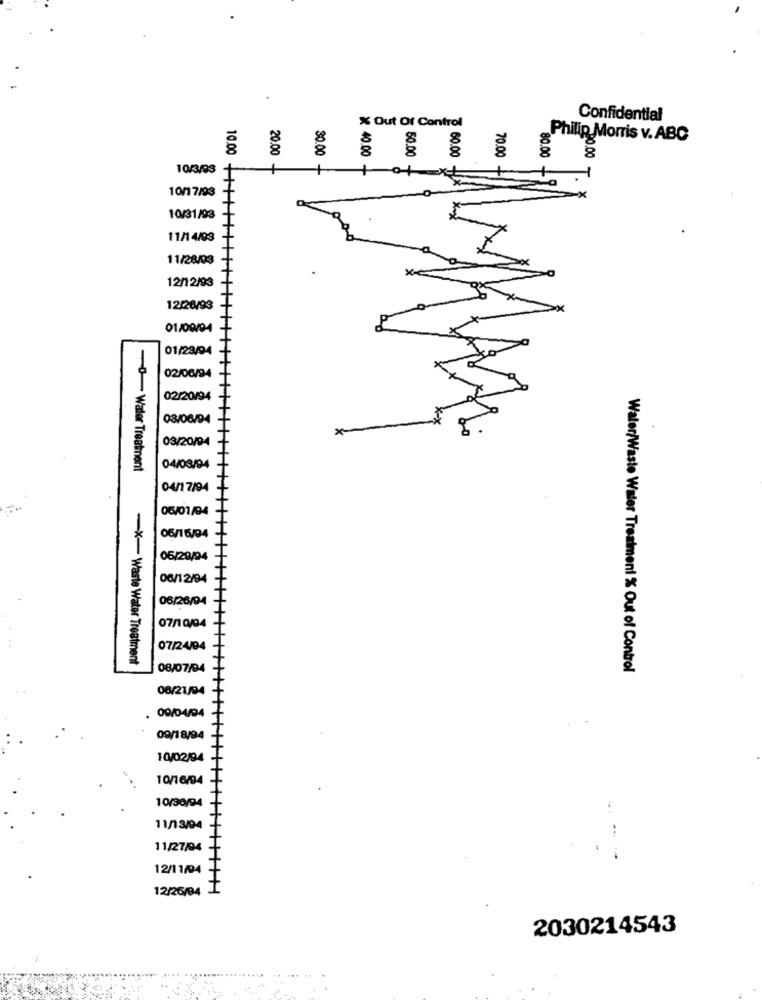
.
Confidential
% Out Of Control
Philip Morris v. ABC
20.00
40.00
50.00
60.00
70.00
80.00
0.00
30.00
10/3/93
10.00
10/17/93
10/31/93
11/14/93
11/28/03
12/12/93
12/26/93
01/09/94
01/23/94
02/06/94
02/20/94
08/06/94
03/20/94
0-Water Treatment
04/03/94
04/17/94
06/01/94
06/16/94
05/29/94
06/12/94
06/26/94
07/10/04
07/24/94
-X Waste Water Treatment
08/07/94
Water/Waste Water Treatment % Out of Control
08/21/94
09/04/94
09/18/94
10/02/94
10/16/94
10/30/94
11/13/94
11/27/94
12/11/04
12/26/04 1
2030214543